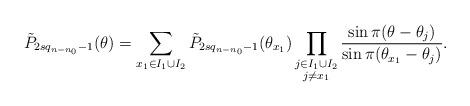
LaTeX: \begin{align*}\tilde{P}_{2sq_{n-n_0}-1}(\theta)=\sum_{x_1\in I_1\cup I_2}\tilde{P}_{2sq_{n-n_0}-1}(\theta_{x_1})\prod_{\substack{j\in I_1\cup I_2\\ j\neq x_1}} \frac{\sin\pi(\theta-\theta_j)}{\sin\pi(\theta_{x_1}-\theta_j)}.\end{align*}